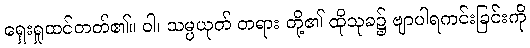
ရှေးရှုထင်တတ်၏။ ဝါ၊ သမ္ပယုတ် တရား တို့၏ ထိုသုခ၌ ဗျာပါရကင်းခြင်းကို